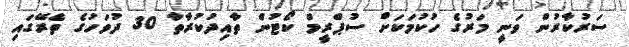
ސަރުކާރުން ވަނީ މަރުގެ ހުކުމަކަށް ސުޕްރީމް ކޯޓުން ތާއިދުކުރާތާ 30 ދުވަހުގެ ތެރޭގައި